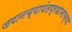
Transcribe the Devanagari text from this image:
जपानच्यापंतप्रधानाच्या